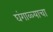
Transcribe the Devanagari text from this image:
घंगाळ्याचा